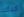
كذلك